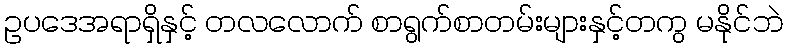
ဥပဒေအရာရှိနှင့် တလလောက် စာရွက်စာတမ်းများနှင့်တကွ မနိုင်ဘဲ